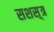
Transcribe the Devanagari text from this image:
सशस़्त्र